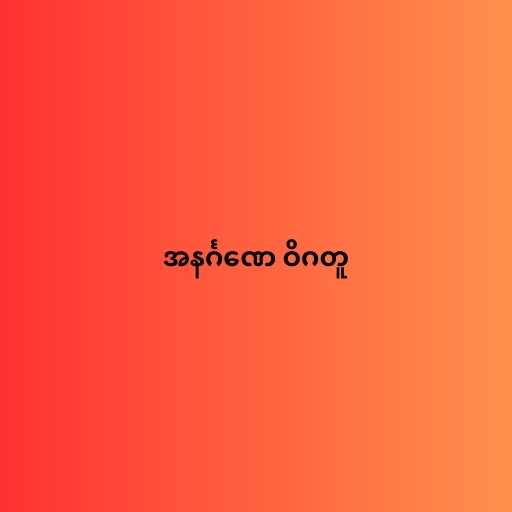
အနင်္ဂဏေ ဝိဂတူ